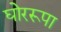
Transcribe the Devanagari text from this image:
घोररूपा